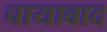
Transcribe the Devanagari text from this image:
चायावाद